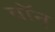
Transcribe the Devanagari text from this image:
वॉन्